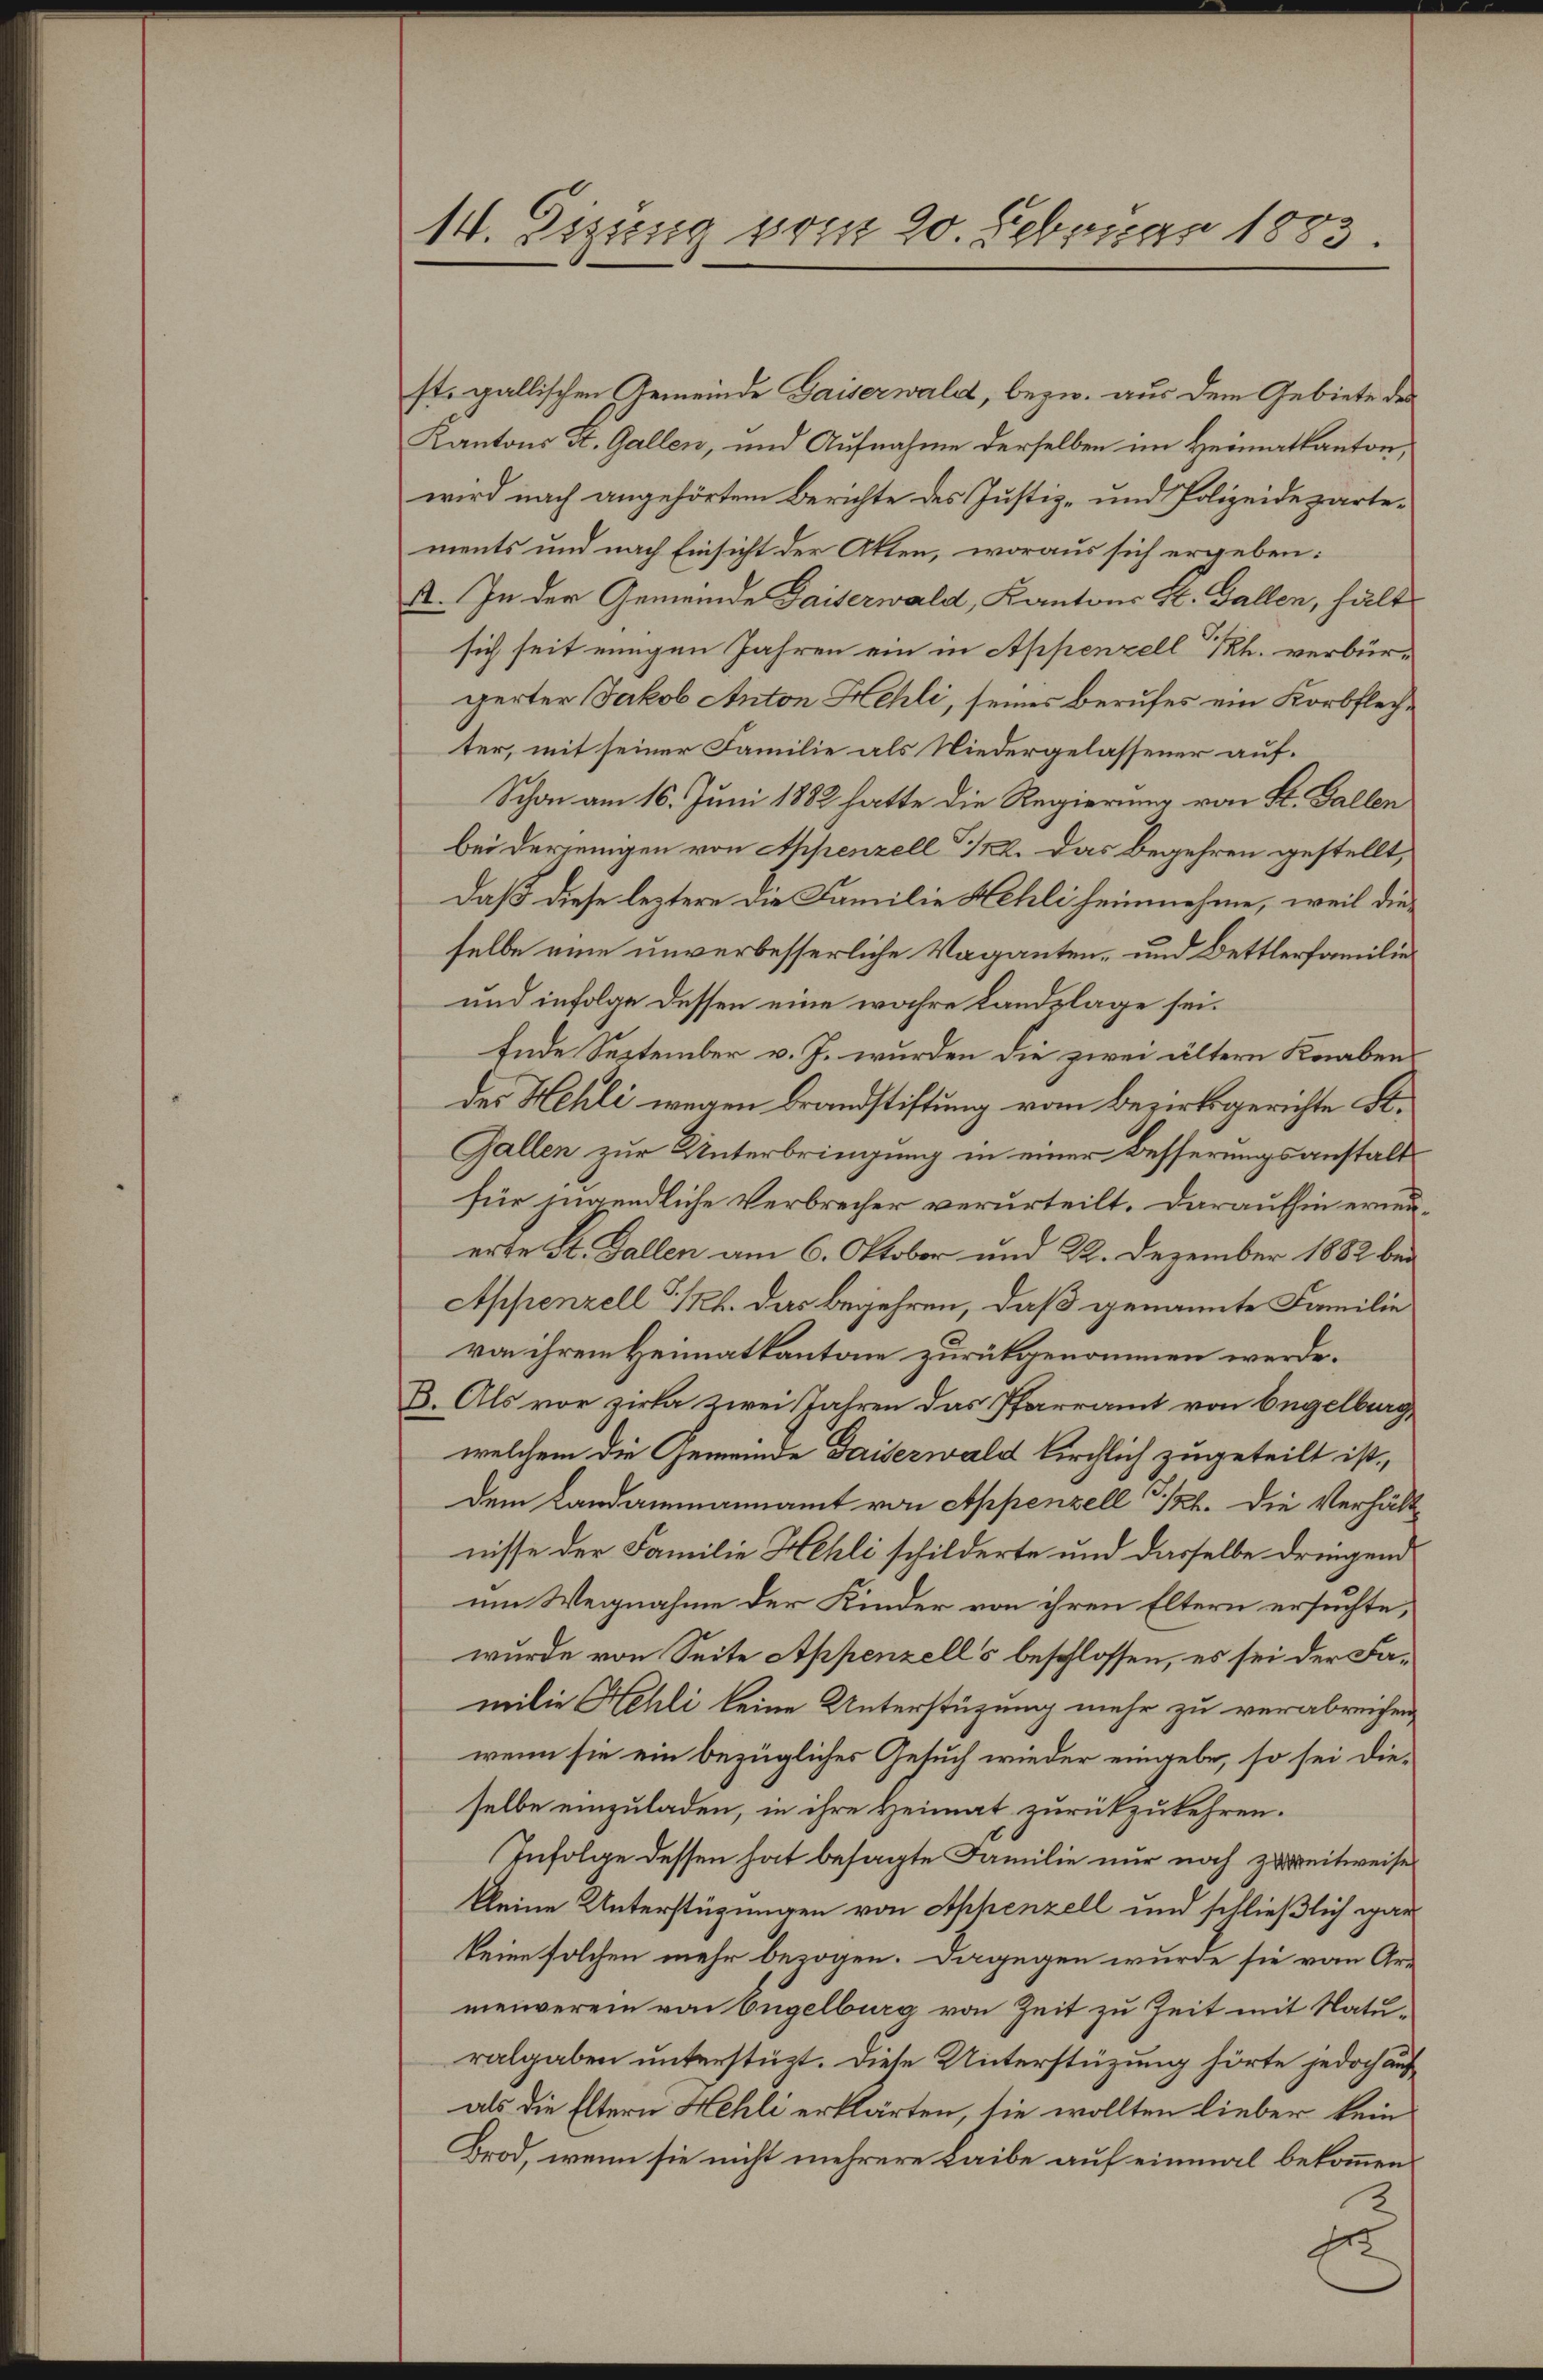
14. Eizung vom 20. Februar 1883

st. gallischen Gemeinde Gaiserwald, bezw. aus dem Gebiete des
Kantons St. Gallen, und Aufnahme derselben im Heimatkanton,
wird nach angehörtem Berichte des Justiz- und Polizeidepartements und nach Einsicht der Akten, woraus sich ergeben:
A. In der Gemeinde Gaiserwald, Kantons St. Gallen, hält
sich seit einigen Jahren ein in Appenzell Th. verbürgerter Jakob Anton Hehli, seines Berufes ein Korbflechter, mit seiner Familie als Niedergelassener auf¬
Schon am 16. Juni 1882 hatte die Regierung von St. Gallen
bei derjenigen von Appenzell I/22. Das Begehren gestellt,
daß diese leztere die Familie Hehli heimnehme, weil dieselbe eine unverbesserliche Vaganten- und Dettlerfamilier
und infolge dessen eine wahre Landplage sei.
Ende September v. J. wurden die zwei ältern Knaben
des Hehli wegen Brandstiftung vom Bezirksgerichte St.
Gallen zur Unterbringung in einer Besserungsanstaltsfür jugendliche Verbrecher verurteilt. Daraufhin erneuerte St. Gallen am 6. Oktober und 22. Dezember 1882 bei
Appenzell S. 121. das begehren, daß genannte Familie
von ihrem Heimatkantone zurückgenommen werde.
B. Als vor zirka zwei Jahren das Pfarramt von Engelburg,
welchem die Gemeinde Gaiserwald kirchlich zugeteilt ist,
dem Landammannamt von Appenzell 3/22. Die Verhältnisse der Familie Hehli schilderte und dasselbe dringend
um Wegnahme der Kinder von ihren Eltern ersuchte,
wurde von Seite Appenzell's beschlossen, es sei der Familie Hehli keine Unterstüzung mehr zu verabreichen
wenn sie ein bezügliches Gesuch wieder eingebe, so sei dieselbe einzuladen, in ihre Heimat zurückzukehren.
Infolge dessen hat besagte Familie nur noch zureitweise
kleine Unterstüzungen von Appenzell und schließlich gar
keine solchen mehr bezogen. Dagegen wurde sie vom Ar-
menverein von Engelburg von Zeit zu Zeit mit Naturalgaben unterstüzt. Diese Unterstüzung hörte jedoch auf
als die Eltern Hehli erklärten, sie wollten lieber kein
Brod, wenn sie nicht mehrere Laibe auf einmal bekommen